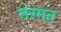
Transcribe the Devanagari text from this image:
मंरमत